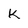
Character: k